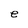
Character: e